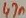
Text: 47n